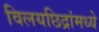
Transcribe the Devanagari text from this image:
विलयछिद्रांमध्ये